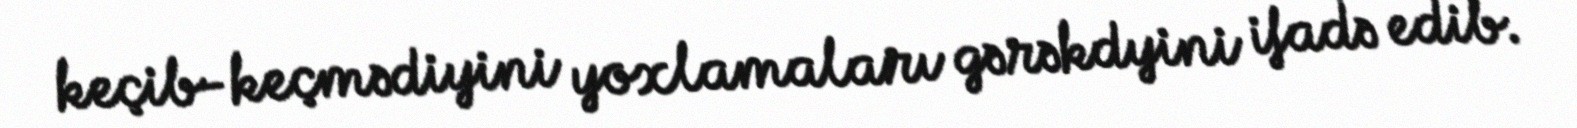
keçib-keçmədiyini yoxlamaları gərəkdyini ifadə edib.